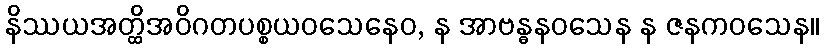
နိဿယအတ္ထိအဝိဂတပစ္စယဝသေနေဝ, န အာဗန္ဓနဝသေန န ဇနကဝသေန။